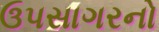
ઉપસાગરનો